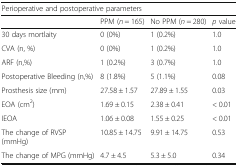
<table><thead><tr><td colspan="4"><b>Perioperative and postoperative parameters</b></td></tr><tr><td></td><td><b>PPM (<i>n</i> = 165)</b></td><td><b>No PPM (<i>n</i> = 280)</b></td><td><b><i>p</i> value</b></td></tr></thead><tbody><tr><td>30 days mortlaity</td><td>0 (0%)</td><td>1 (0.2%)</td><td>1.0</td></tr><tr><td>CVA (n, %)</td><td>0 (0%)</td><td>1 (0.2%)</td><td>1.0</td></tr><tr><td>ARF (n,%)</td><td>1 (0.2%)</td><td>3 (0.7%)</td><td>1.0</td></tr><tr><td>Postoperative Bleeding (n,%)</td><td>8 (1.8%)</td><td>5 (1.1%)</td><td>0.08</td></tr><tr><td>Prosthesis size (mm)</td><td>27.58 ± 1.57</td><td>27.89 ± 1.55</td><td>0.03</td></tr><tr><td>EOA (cm<sup>2</sup>)</td><td>1.69 ± 0.15</td><td>2.38 ± 0.41</td><td>&lt; 0.01</td></tr><tr><td>IEOA</td><td>1.06 ± 0.08</td><td>1.55 ± 0.25</td><td>&lt; 0.01</td></tr><tr><td>The change of RVSP (mmHg)</td><td>10.85 ± 14.75</td><td>9.91 ± 14.75</td><td>0.53</td></tr><tr><td>The change of MPG (mmHg)</td><td>4.7 ± 4.5</td><td>5.3 ± 5.0</td><td>0.34</td></tr></tbody></table>